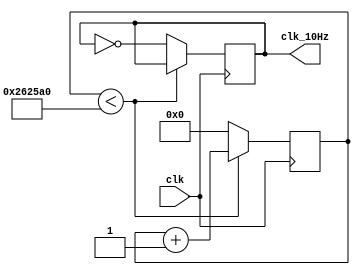
`timescale 1ns / 1ps
//////////////////////////////////////////////////////////////////////////////////
// Company: 
// Engineer: 
// 
// Design Name: 
// Module Name:    clock_div 
// Project Name: 
// Target Devices: 
// Tool versions: 
// Description: 
//
// Dependencies: 
//
// Revision: 
// Revision 0.01 - File Created
// Additional Comments: 
//
//////////////////////////////////////////////////////////////////////////////////
module clock_div(
    output reg clk_10Hz,     // 10Hz
    input clk               // 
    );

    parameter PULSESCOUNT = 22'h26_25a0;    // = 10_0110_0010_0101_1010_0000(bin) (22bits)
    parameter RESETZERO = 22'h0;

    reg [21:0] counter; // , 22 bits (10_0110_0010_0101_1010_0000(bin))
                        // ,  10Hz 

    always @( posedge clk ) begin       // --  clock 
        if ( counter < PULSESCOUNT )    // -- 22'h2625a0  1/20(s)
            counter <= counter + 1'b1;
        else begin
            clk_10Hz <= ~clk_10Hz;
            counter <= RESETZERO;
        end
    end

endmodule